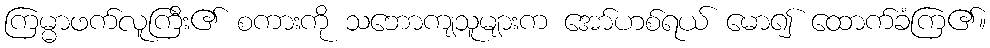
ကြမ္မာဖက်လူကြီး၏ စကားကို သဘောကျသူများက အော်ဟစ်ရယ် မော၍ ထောက်ခံကြ၏။